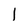
Character: 1